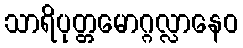
သာရိပုတ္တမောဂ္ဂလ္လာနေဝ